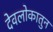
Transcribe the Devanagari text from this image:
देवलोकातुन